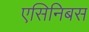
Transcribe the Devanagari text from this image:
एसिनिबस